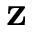
\mathbf { z }